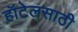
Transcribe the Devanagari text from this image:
हॉटेलसाठी